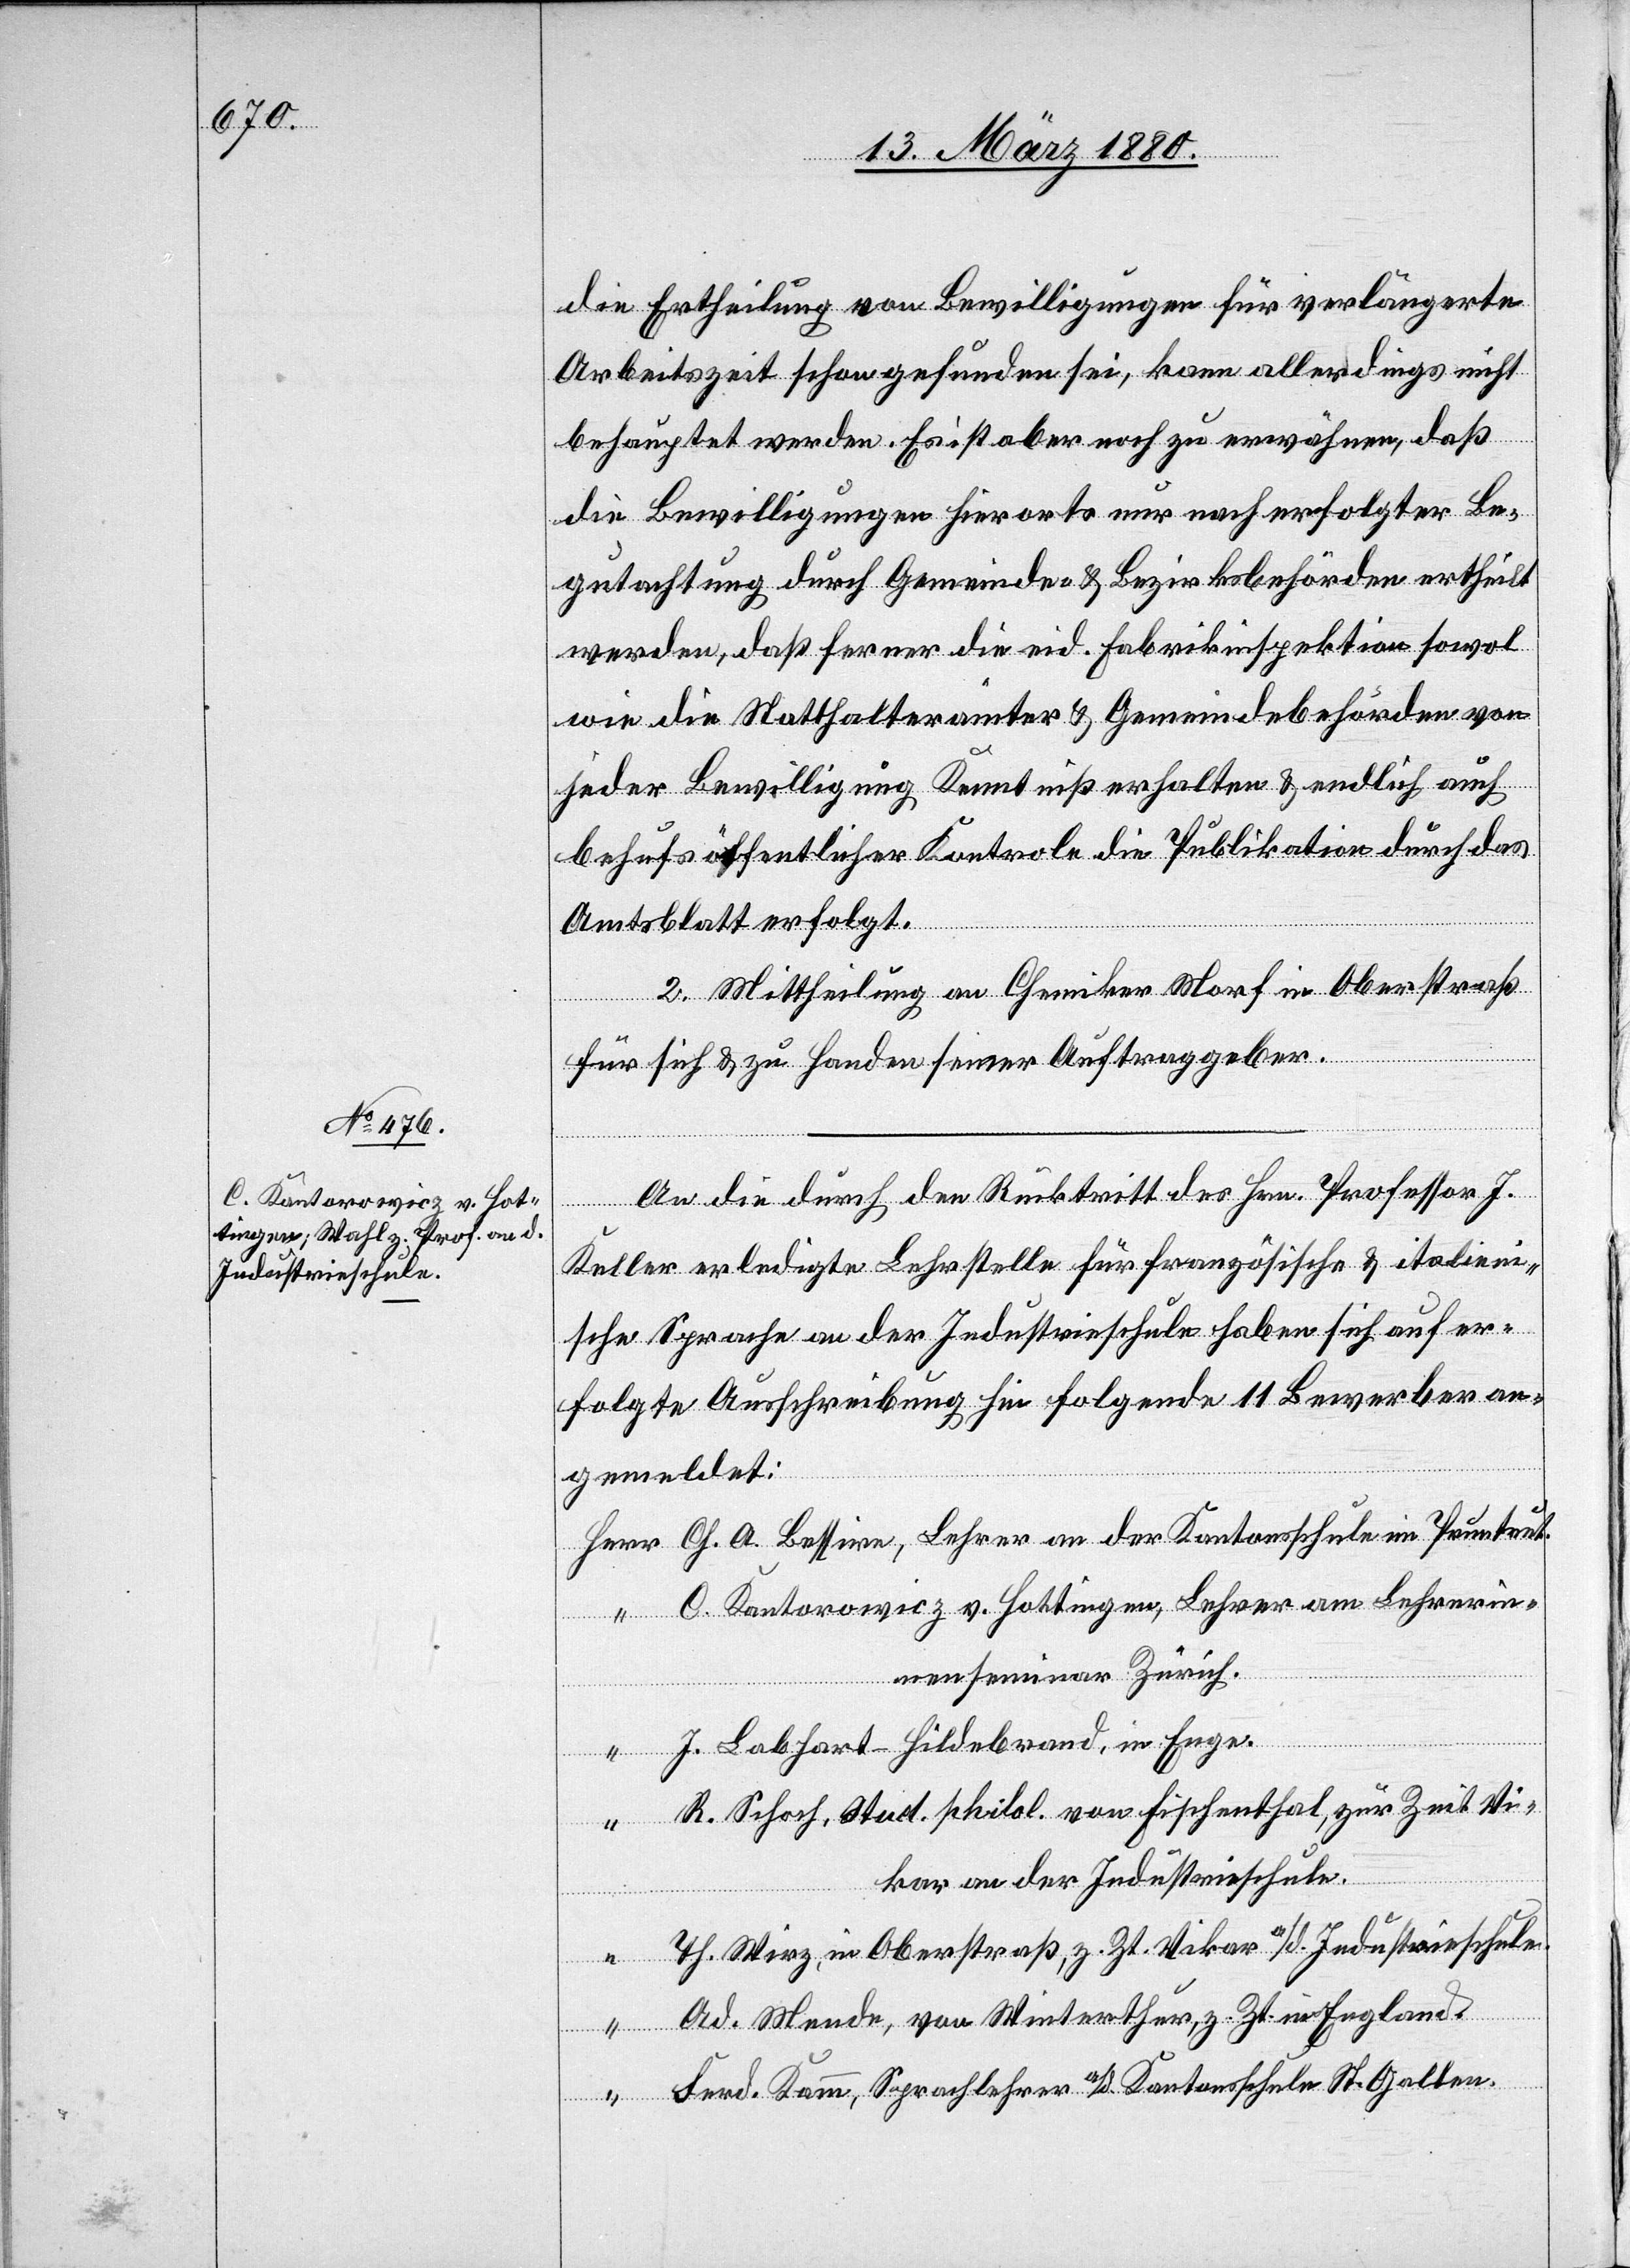
die Ertheilung von Bewilligungen für verlängerte
Arbeitszeit schon gefunden sei, kann allerdings nicht
behauptet werden. Es ist aber noch zu erwähnen, daß
die Bewilligungen hierorts nur nach erfolgter Be¬
gutachtung durch Gemeinde- & Bezirksbehörden ertheilt
werden, daß ferner die eid. Fabrikinspektion sowol
wie die Statthalterämter & Gemeindebehörden von
jeder Bewilligung Kenntniß erhalten & endlich auch
behufs öffentlicher Kontrole die Publikation durch das
Amtsblatt erfolgt.
2. Mittheilung an Chemiker Morf in Oberstraß
für sich & zu Handen seiner Auftraggeber.
An die durch den Rücktritt des Hrn. Professor J.
Keller erledigte Lehrstelle für französische & italieni¬
sche Sprache an der Industrieschule haben sich auf er¬
folgte Ausschreibung hin folgende 11 Bewerber an¬
gemeldet:
Ch. A. Bessirn, Lehrer an der Kantonsschule im Pruntrut.
C. Kantorowicz v. Hottingen, Lehrer am Lehrerin¬
nenseminar Zürich.
“
J. Labhart-Hildebrand, in Enge.
R. Schoch, Stud. philol. von Fischenthal, zur Zeit Vi¬
kar an der Industrieschule.
Th. Wirz, in Oberstraß, z. Zt. Vikar a/d. Industrieschule.
“
Ad. Mende, von Winterthur, z Zt. in England.
Ferd. Kamm, Sprachlehrer a/d. Kantonsschule St. Gallen.

“